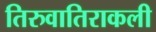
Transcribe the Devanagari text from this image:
तिरुवातिराकली